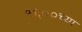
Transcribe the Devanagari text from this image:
१६००च्या